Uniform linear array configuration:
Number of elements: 4
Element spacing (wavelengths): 1
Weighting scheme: uniform
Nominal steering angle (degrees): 30
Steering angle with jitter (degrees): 31.064
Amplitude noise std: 0.05
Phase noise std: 0.05

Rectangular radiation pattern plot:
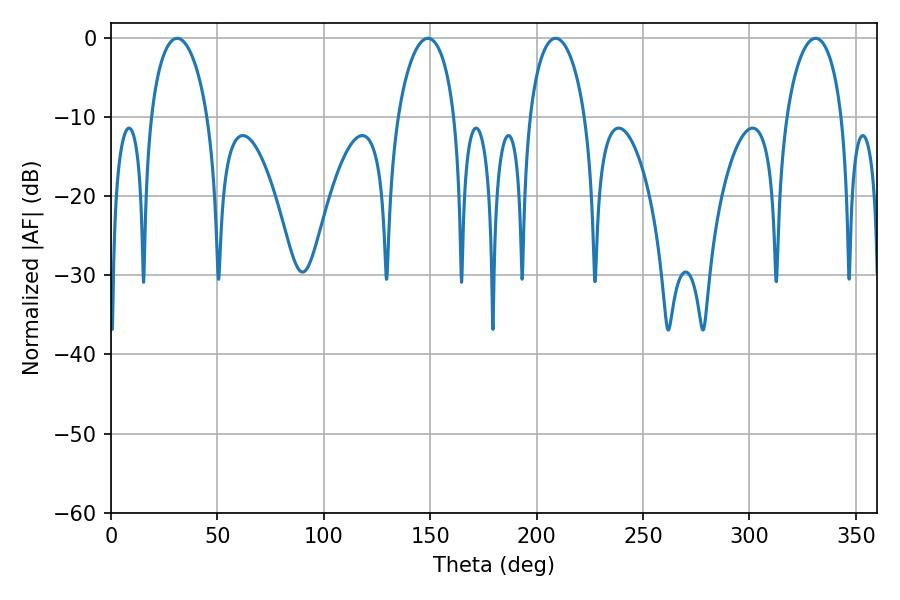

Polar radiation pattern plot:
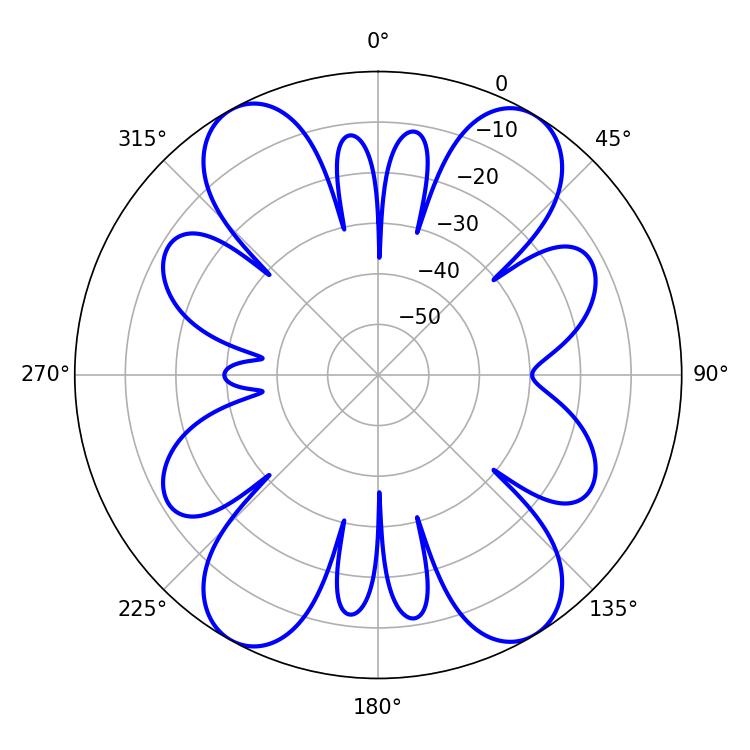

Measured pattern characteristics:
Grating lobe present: TRUE
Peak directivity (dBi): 19.425
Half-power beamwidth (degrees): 14.94
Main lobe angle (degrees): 208.98